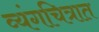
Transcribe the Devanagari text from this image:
व्यंगचित्रात